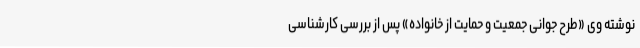
نوشته وی «طرح جوانی جمعیت و حمایت از خانواده» پس از بررسی کارشناسی